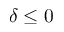
\delta \leq 0